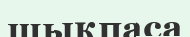
шықпаса